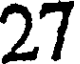
27